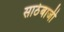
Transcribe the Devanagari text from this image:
साठेबाजी